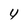
Character: 4